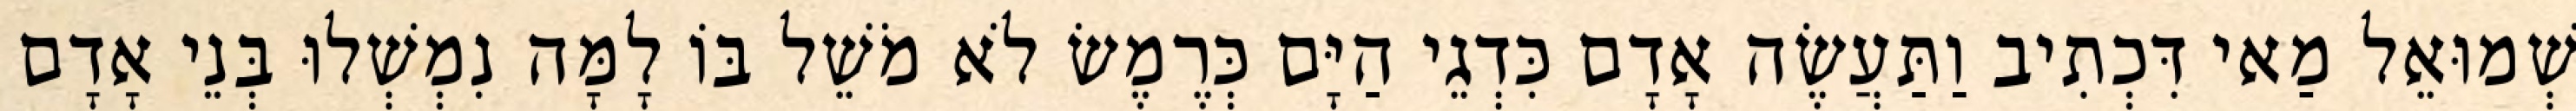
שְׁמוּאֵל מַאי דִּכְתִיב וַתַּעֲשֶׂה אָדָם כִּדְגֵי הַיָּם כְּרֶמֶשׂ לֹא מֹשֵׁל בּוֹ לָמָּה נִמְשְׁלוּ בְּנֵי אָדָם